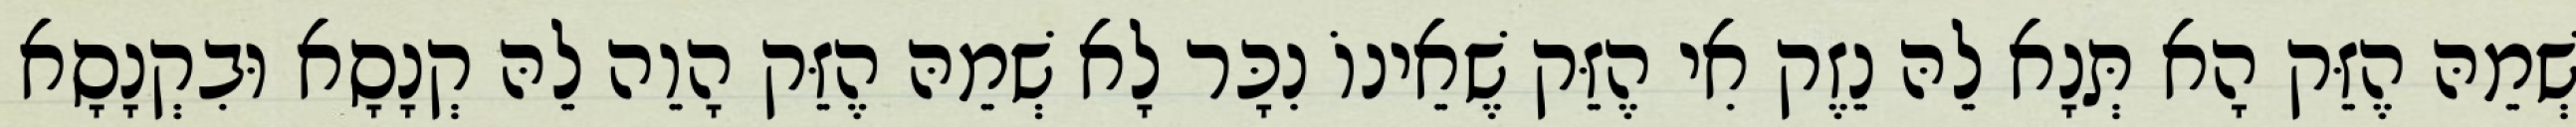
שְׁמֵהּ הֶזֵּק הָא תְּנָא לֵהּ נֵזֶק אִי הֶזֵּק שֶׁאֵינוֹ נִכָּר לָא שְׁמֵהּ הֶזֵּק הָוֵה לֵהּ קְנָסָא וּבִקְנָסָא